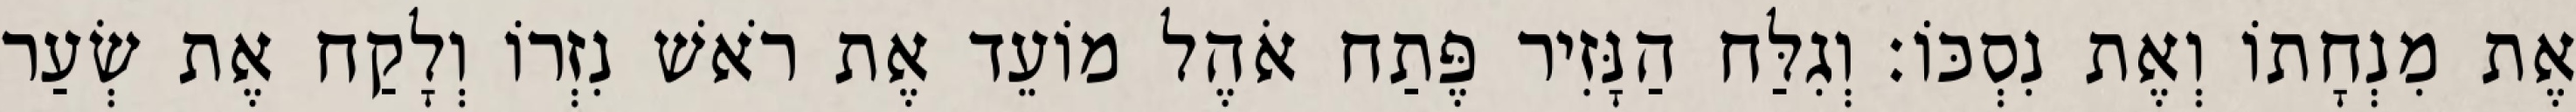
אֶת מִנְחָתוֹ וְאֶת נִסְכּוֹ׃ וְגִלַּח הַנָּזִיר פֶּתַח אֹהֶל מוֹעֵד אֶת רֹאשׁ נִזְרוֹ וְלָקַח אֶת שְׂעַר